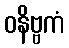
ဝနိဗ္ဗကံ